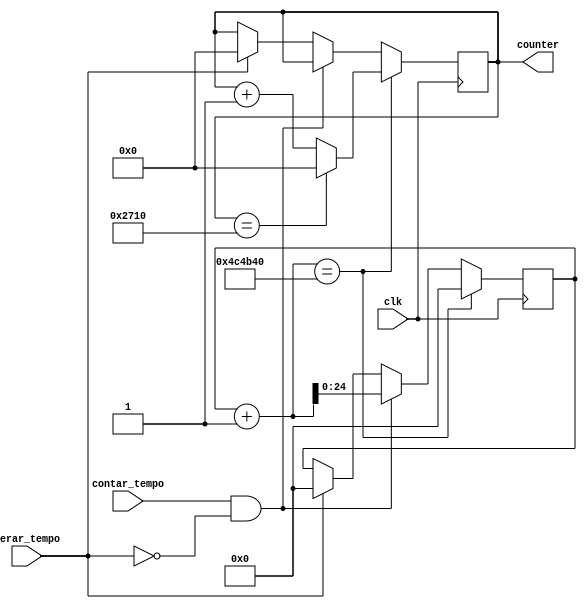
module delay_counter(clk, contar_tempo, zerar_tempo, counter);

input clk;
input contar_tempo;
input zerar_tempo;

output reg[14:0] counter;

reg[23:0] delay = 5000000;
reg[24:0] i;

always@(posedge clk) begin
	if(i + 1 == delay) begin
		counter <= counter + 1;
		i <= 0;
		if(counter == 10000) counter <= 0;
	end
	else if(contar_tempo == 1 && zerar_tempo == 0) i <= i + 1;
	else if(zerar_tempo == 1) begin
		i <= 0;
		counter <= 0;
	end
end
endmodule

//reg [3:0] a = 3'd1;